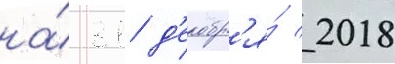
на́ 31 д'екабр'я́ 2018